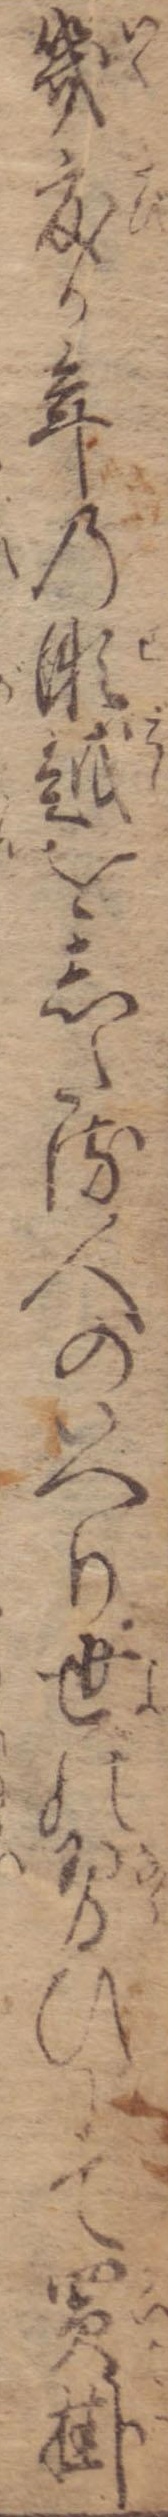
幾度か年の瀬越をしたる人のいへり世の習ひにて買掛